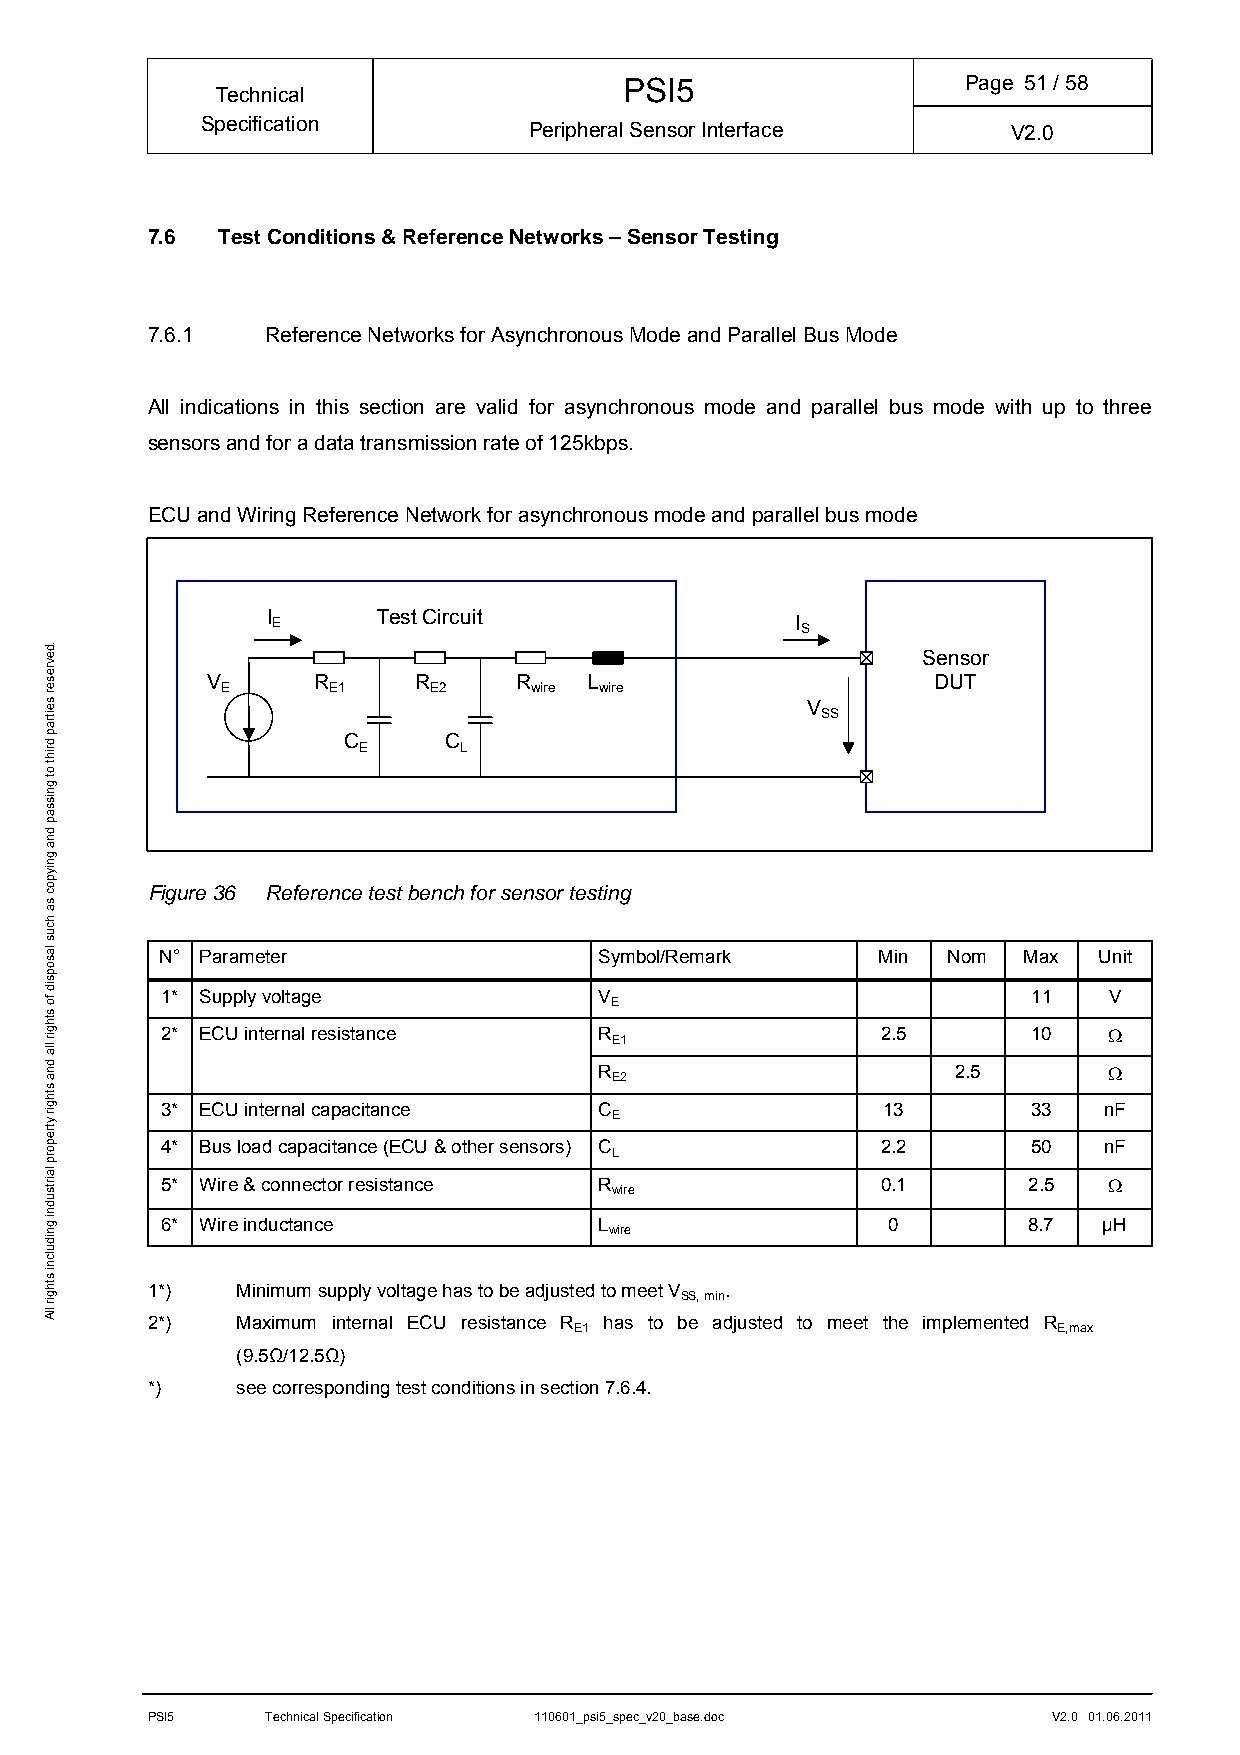
PSI5                   Page 51/ 58
 Technical
 Specification         Peripheral Sensor Interface     V2.0
 7.6 Test Conditions & Reference Networks – Sensor Testing
 7.6.1   Reference Networks for Asynchronous Mode and Parallel Bus Mode
 All indications in this section are valid for asynchronous mode and parallel bus mode with up to three
 sensors and for a data transmission rate of 125kbps.
 ECU and Wiring Reference Network for asynchronous mode and parallel bus mode
 I E    Test Circuit                I S
 Sensor
 V      R     R      R    L                      DUT
 E      E1    E2     wire wire
 V
 SS
 C     C E L
 Figure 36 Reference test bench for sensor testing
 N° Parameter                 Symbol/Remark     Min  Nom  Max  Unit
 1* Supply voltage            V                           11   V E
 2* ECU internal resistance   R                 2.5       10   
 E1
 R                      2.5       
 E2
 3* ECU internal capacitance  C                 13        33   nF
 E
 4* Bus load capacitance (ECU & other sensors) C 2.2      50   nF
 L
 5* Wire & connector resistance R               0.1       2.5  
 wire
 6* Wire inductance           L                  0        8.7  µH wire
 1*)   Minimum supply voltage has to be adjusted to meet V .
 SS, min
 2*)   Maximum internal ECU resistance R has to be adjusted to meet the implemented R
 E1                              E,max
 (9.5Ω/12.5Ω)
 *)    see corresponding test conditions in section 7.6.4.
 PSI5    Technical Specification 110601_psi5_spec_v20_base.doc V2.0 01.06.2011
 .devreser
 seitrap
 driht
 ot
 gnissap
 dna
 gniypoc
 sa
 hcus
 lasopsid
 fo
 sthgir
 lla
 dna
 sthgir
 ytreporp
 lairtsudni
 gnidulcni
 sthgir
 llA